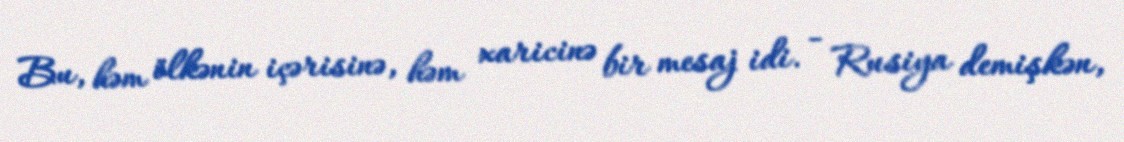
Bu, həm ölkənin içərisinə, həm xaricinə bir mesaj idi. - Rusiya demişkən,